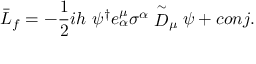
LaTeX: \bar { \cal L } _ { f } = - \frac { 1 } { 2 } i h ~ \psi ^ { \dagger } e _ { \alpha } ^ { \mu } \sigma ^ { \alpha } \stackrel { \sim } { D } _ { \mu } \psi + c o n j .